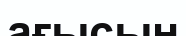
ағысын